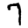
Digit: 7